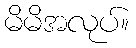
မိမိအလုပ်။